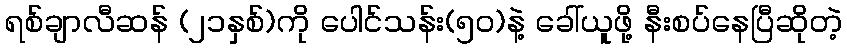
ရစ်ချာလီဆန် (၂၁နှစ်)ကို ပေါင်သန်း(၅၀)နဲ့ ခေါ်ယူဖို့ နီးစပ်နေပြီဆိုတဲ့